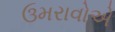
ઉમરાવોએ